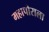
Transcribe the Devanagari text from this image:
महापौराला